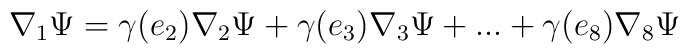
\nabla_1 \Psi =  \gamma(e_2) \nabla_2 \Psi + \gamma(e_3)  \nabla_3 \Psi +...+\gamma(e_8) \nabla_8 \Psi